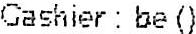
CASHIER : BE ()